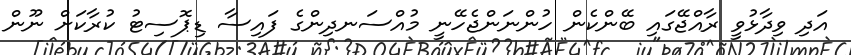
އަދި ވިދާޅުވީ ރާއްޖޭގައި ބޭންކެން ހުންނަންޖެހޭނީ މުއްސަނދިންގެ ފައިސާ ޑިޕޮސިޓު ކުރާކަށް ނޫން